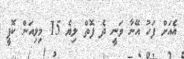
އެއަށް ފަހު އޭނާ ވަނީ ދެ ފޮތް ލިޔެ 15 މިލިއަން ކޮޕީ